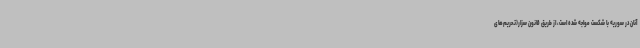
آنان در سوریه با شکست مواجه شده است، از طریق قانون سزار(تحریم‌های